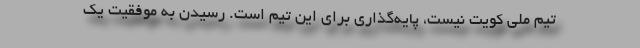
تیم ملی کویت نیست، پایه‌گذاری برای این تیم است. رسیدن به موفقیت یک